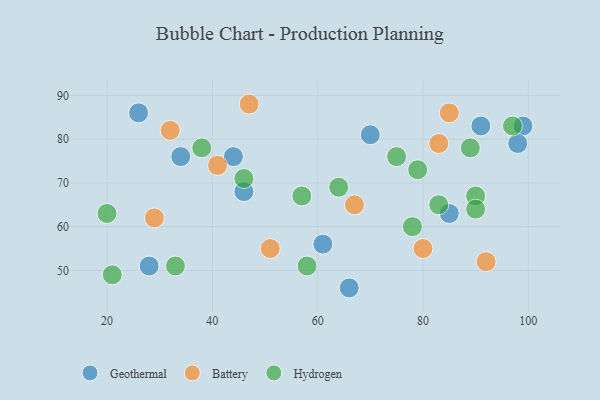
{"axis": {"x": "GDP", "y": "Life Expectancy"}, "legend": ["Battery", "Geothermal", "Hydrogen"], "data": [{"x": "46", "y": 68, "type": "Geothermal"}, {"x": "34", "y": 76, "type": "Geothermal"}, {"x": "99", "y": 83, "type": "Geothermal"}, {"x": "85", "y": 63, "type": "Geothermal"}, {"x": "66", "y": 46, "type": "Geothermal"}, {"x": "28", "y": 51, "type": "Geothermal"}, {"x": "98", "y": 79, "type": "Geothermal"}, {"x": "26", "y": 86, "type": "Geothermal"}, {"x": "70", "y": 81, "type": "Geothermal"}, {"x": "61", "y": 56, "type": "Geothermal"}, {"x": "44", "y": 76, "type": "Geothermal"}, {"x": "91", "y": 83, "type": "Geothermal"}, {"x": "67", "y": 65, "type": "Battery"}, {"x": "41", "y": 74, "type": "Battery"}, {"x": "83", "y": 79, "type": "Battery"}, {"x": "85", "y": 86, "type": "Battery"}, {"x": "29", "y": 62, "type": "Battery"}, {"x": "80", "y": 55, "type": "Battery"}, {"x": "47", "y": 88, "type": "Battery"}, {"x": "92", "y": 52, "type": "Battery"}, {"x": "32", "y": 82, "type": "Battery"}, {"x": "51", "y": 55, "type": "Battery"}, {"x": "97", "y": 83, "type": "Hydrogen"}, {"x": "90", "y": 67, "type": "Hydrogen"}, {"x": "83", "y": 65, "type": "Hydrogen"}, {"x": "46", "y": 71, "type": "Hydrogen"}, {"x": "75", "y": 76, "type": "Hydrogen"}, {"x": "33", "y": 51, "type": "Hydrogen"}, {"x": "90", "y": 64, "type": "Hydrogen"}, {"x": "20", "y": 63, "type": "Hydrogen"}, {"x": "79", "y": 73, "type": "Hydrogen"}, {"x": "57", "y": 67, "type": "Hydrogen"}, {"x": "64", "y": 69, "type": "Hydrogen"}, {"x": "38", "y": 78, "type": "Hydrogen"}, {"x": "58", "y": 51, "type": "Hydrogen"}, {"x": "21", "y": 49, "type": "Hydrogen"}, {"x": "78", "y": 60, "type": "Hydrogen"}, {"x": "89", "y": 78, "type": "Hydrogen"}]}